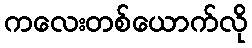
ကလေးတစ်ယောက်လို